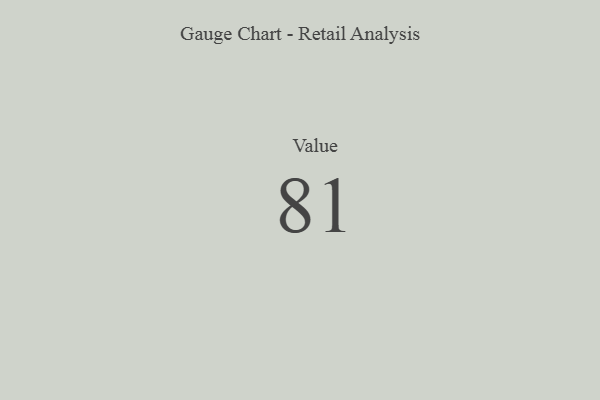
{"axis": {"x": "Metric", "y": "Value"}, "legend": [""], "data": [{"x": "Value", "y": 81, "type": ""}]}